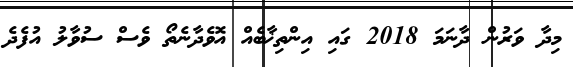
މިދާ ވަރުން ދާނަމަ 2018 ގައި އިންތިޚާބެއް އޮވެދާނެތޯ ވެސް ސުވާލު އުފެދެ